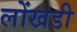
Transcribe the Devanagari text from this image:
लोंखडी